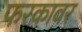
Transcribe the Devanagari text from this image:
फरकावर